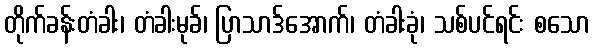
တိုက်ခန်းတံခါး၊ တံခါးမုခ်၊ ပြာသာဒ်အောက်၊ တံခါးခုံ၊ သစ်ပင်ရင်း စသော